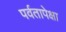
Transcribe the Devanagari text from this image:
पर्वतापेक्षा